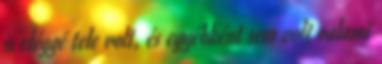
is eléggé tele volt, és egyébként sem volt valami